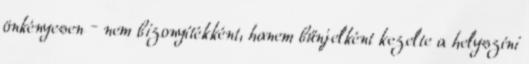
önkényesen – nem bizonyítékként, hanem bűnjelként kezelte a helyszíni